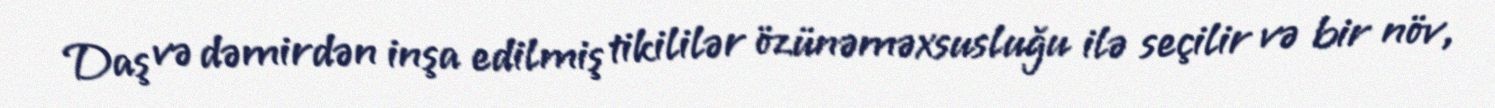
Daş və dəmirdən inşa edilmiş tikililər özünəməxsusluğu ilə seçilir və bir növ,